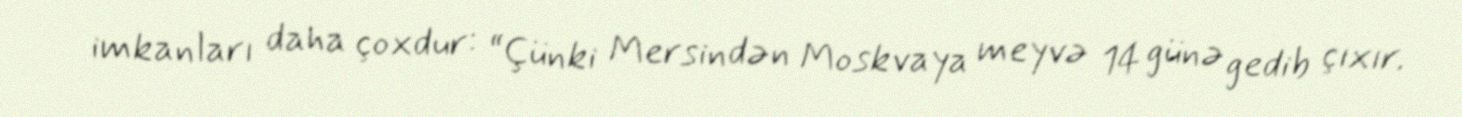
imkanları daha çoxdur: “Çünki Mersindən Moskvaya meyvə 14 günə gedib çıxır.